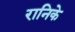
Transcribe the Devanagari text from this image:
रानिके